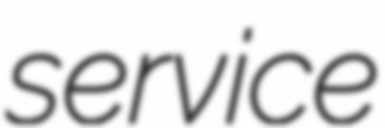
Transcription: service